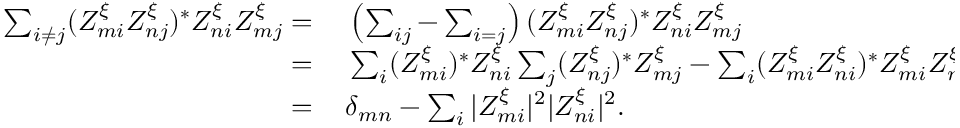
\begin{array} { r l } { \sum _ { i \neq j } ( Z _ { m i } ^ { \xi } Z _ { n j } ^ { \xi } ) ^ { * } Z _ { n i } ^ { \xi } Z _ { m j } ^ { \xi } = \, } & { { } \left( \sum _ { i j } - \sum _ { i = j } \right) ( Z _ { m i } ^ { \xi } Z _ { n j } ^ { \xi } ) ^ { * } Z _ { n i } ^ { \xi } Z _ { m j } ^ { \xi } } \\ { = \, } & { { } \sum _ { i } ( Z _ { m i } ^ { \xi } ) ^ { * } Z _ { n i } ^ { \xi } \sum _ { j } ( Z _ { n j } ^ { \xi } ) ^ { * } Z _ { m j } ^ { \xi } - \sum _ { i } ( Z _ { m i } ^ { \xi } Z _ { n i } ^ { \xi } ) ^ { * } Z _ { m i } ^ { \xi } Z _ { n i } ^ { \xi } } \\ { = \, } & { { } \delta _ { m n } - \sum _ { i } | Z _ { m i } ^ { \xi } | ^ { 2 } | Z _ { n i } ^ { \xi } | ^ { 2 } . } \end{array}